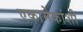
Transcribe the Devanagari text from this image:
एकामेकांशी